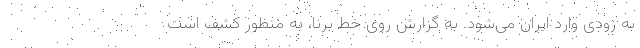
به زودی وارد ایران می‌شود. به گزارش روی خط برنا، به منظور کشف است